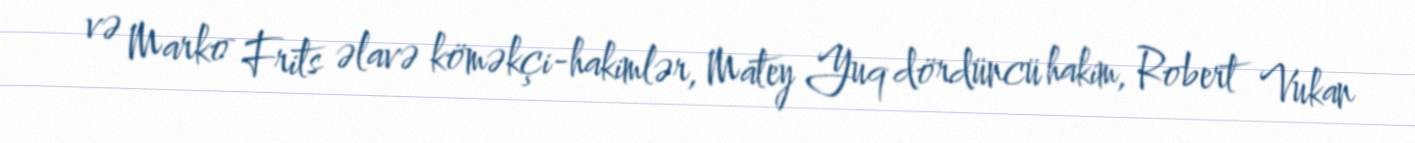
və Marko Frits əlavə köməkçi-hakimlər, Matey Yuq dördüncü hakim, Robert Vukan